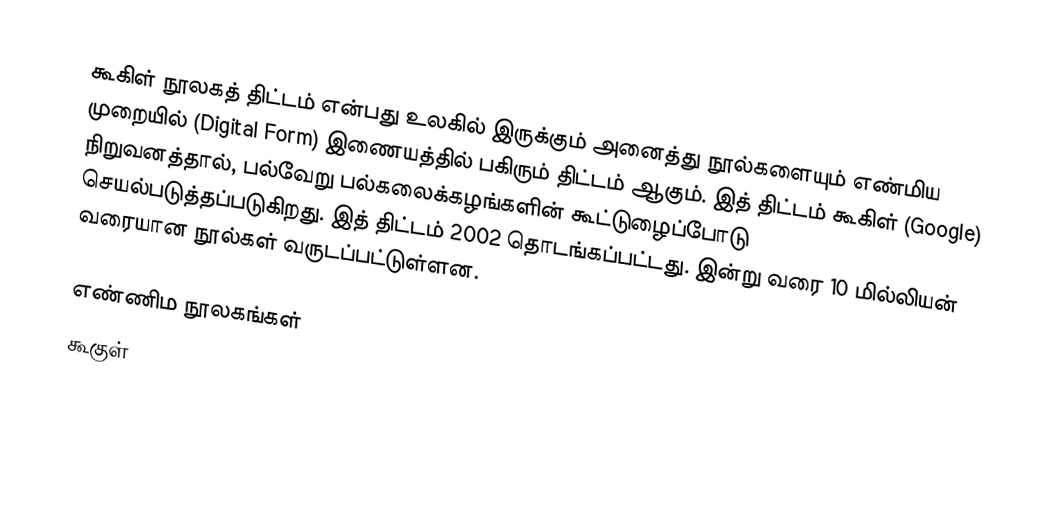
கூகிள் நூலகத் திட்டம் என்பது உலகில் இருக்கும் அனைத்து நூல்களையும் எண்மிய முறையில் (Digital Form) இணையத்தில் பகிரும் திட்டம் ஆகும்.  இத் திட்டம் கூகிள் (Google) நிறுவனத்தால், பல்வேறு பல்கலைக்கழங்களின் கூட்டுழைப்போடு செயல்படுத்தப்படுகிறது.  இத் திட்டம் 2002 தொடங்கப்பட்டது.  இன்று வரை 10 மில்லியன் வரையான நூல்கள் வருடப்பட்டுள்ளன.

எண்ணிம நூலகங்கள்
கூகுள்